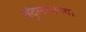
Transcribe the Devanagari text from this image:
चंदूलालच्या